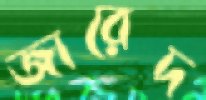
জারেদ